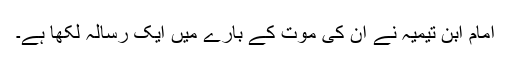
امام ابن تیمیہ نے ان کی موت کے بارے میں ایک رسالہ لکھا ہے۔